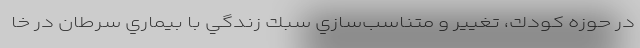
در حوزه كودك، تغيير و متناسب‌سازي سبك زندگي با بيماري سرطان در خا